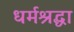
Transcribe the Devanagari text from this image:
धर्मश्रद्धा